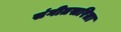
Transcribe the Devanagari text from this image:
संगीतसरिता